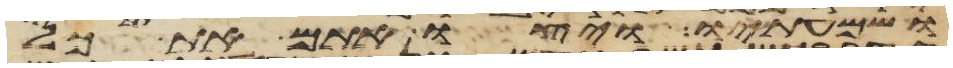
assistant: ושמעתיו ויצו אתם את כל